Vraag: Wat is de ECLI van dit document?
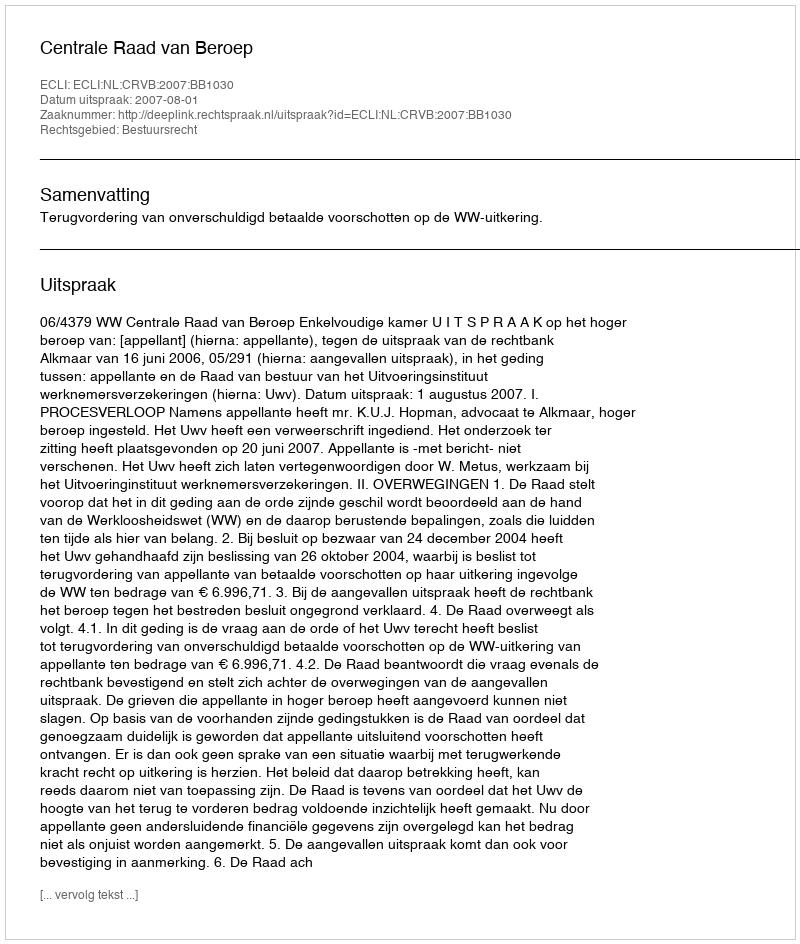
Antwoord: ECLI:NL:CRVB:2007:BB1030